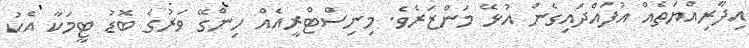
އިދާރިއްޔަތެއް އުފައްދައިގެން އުޅޭ މަންޒަރެވެ. މިނިސްޓްރީއެއް ހިންގޭ ވަރުގެ ބޮޑު ޓީމަކާ އެކު